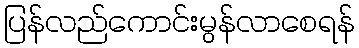
ပြန်လည်ကောင်းမွန်လာစေရန်